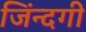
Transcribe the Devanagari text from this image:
जिंन्दगी